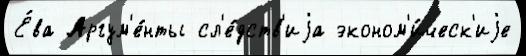
Е́ва Аргум'е́нты сл'е́дств'иjа эконом'и́ческ'иjе